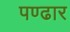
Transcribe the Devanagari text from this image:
पण्‍ढार